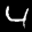
Label: 4